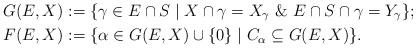
LaTeX: \begin{align*}G(E,X) &:= \{\gamma\in E\cap S\mid X\cap\gamma=X_\gamma\ \&\ E \cap S \cap\gamma=Y_\gamma\}; \\F(E,X) &:= \{ \alpha \in G(E,X) \cup \{0\} \mid C_\alpha \subseteq G(E,X) \}.\end{align*}